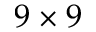
9 \times 9